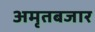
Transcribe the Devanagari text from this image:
अमृतबजार